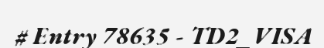
# Entry 78635 - TD2_VISA